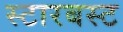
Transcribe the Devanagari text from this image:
स्टारबस्ट